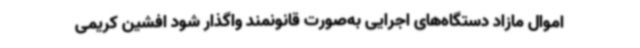
اموال مازاد دستگاه‌های اجرایی به‌صورت قانونمند واگذار شود افشین کریمی